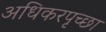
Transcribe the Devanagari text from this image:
अधिकरपृच्छा